TRU_Ajalooring, lk 4
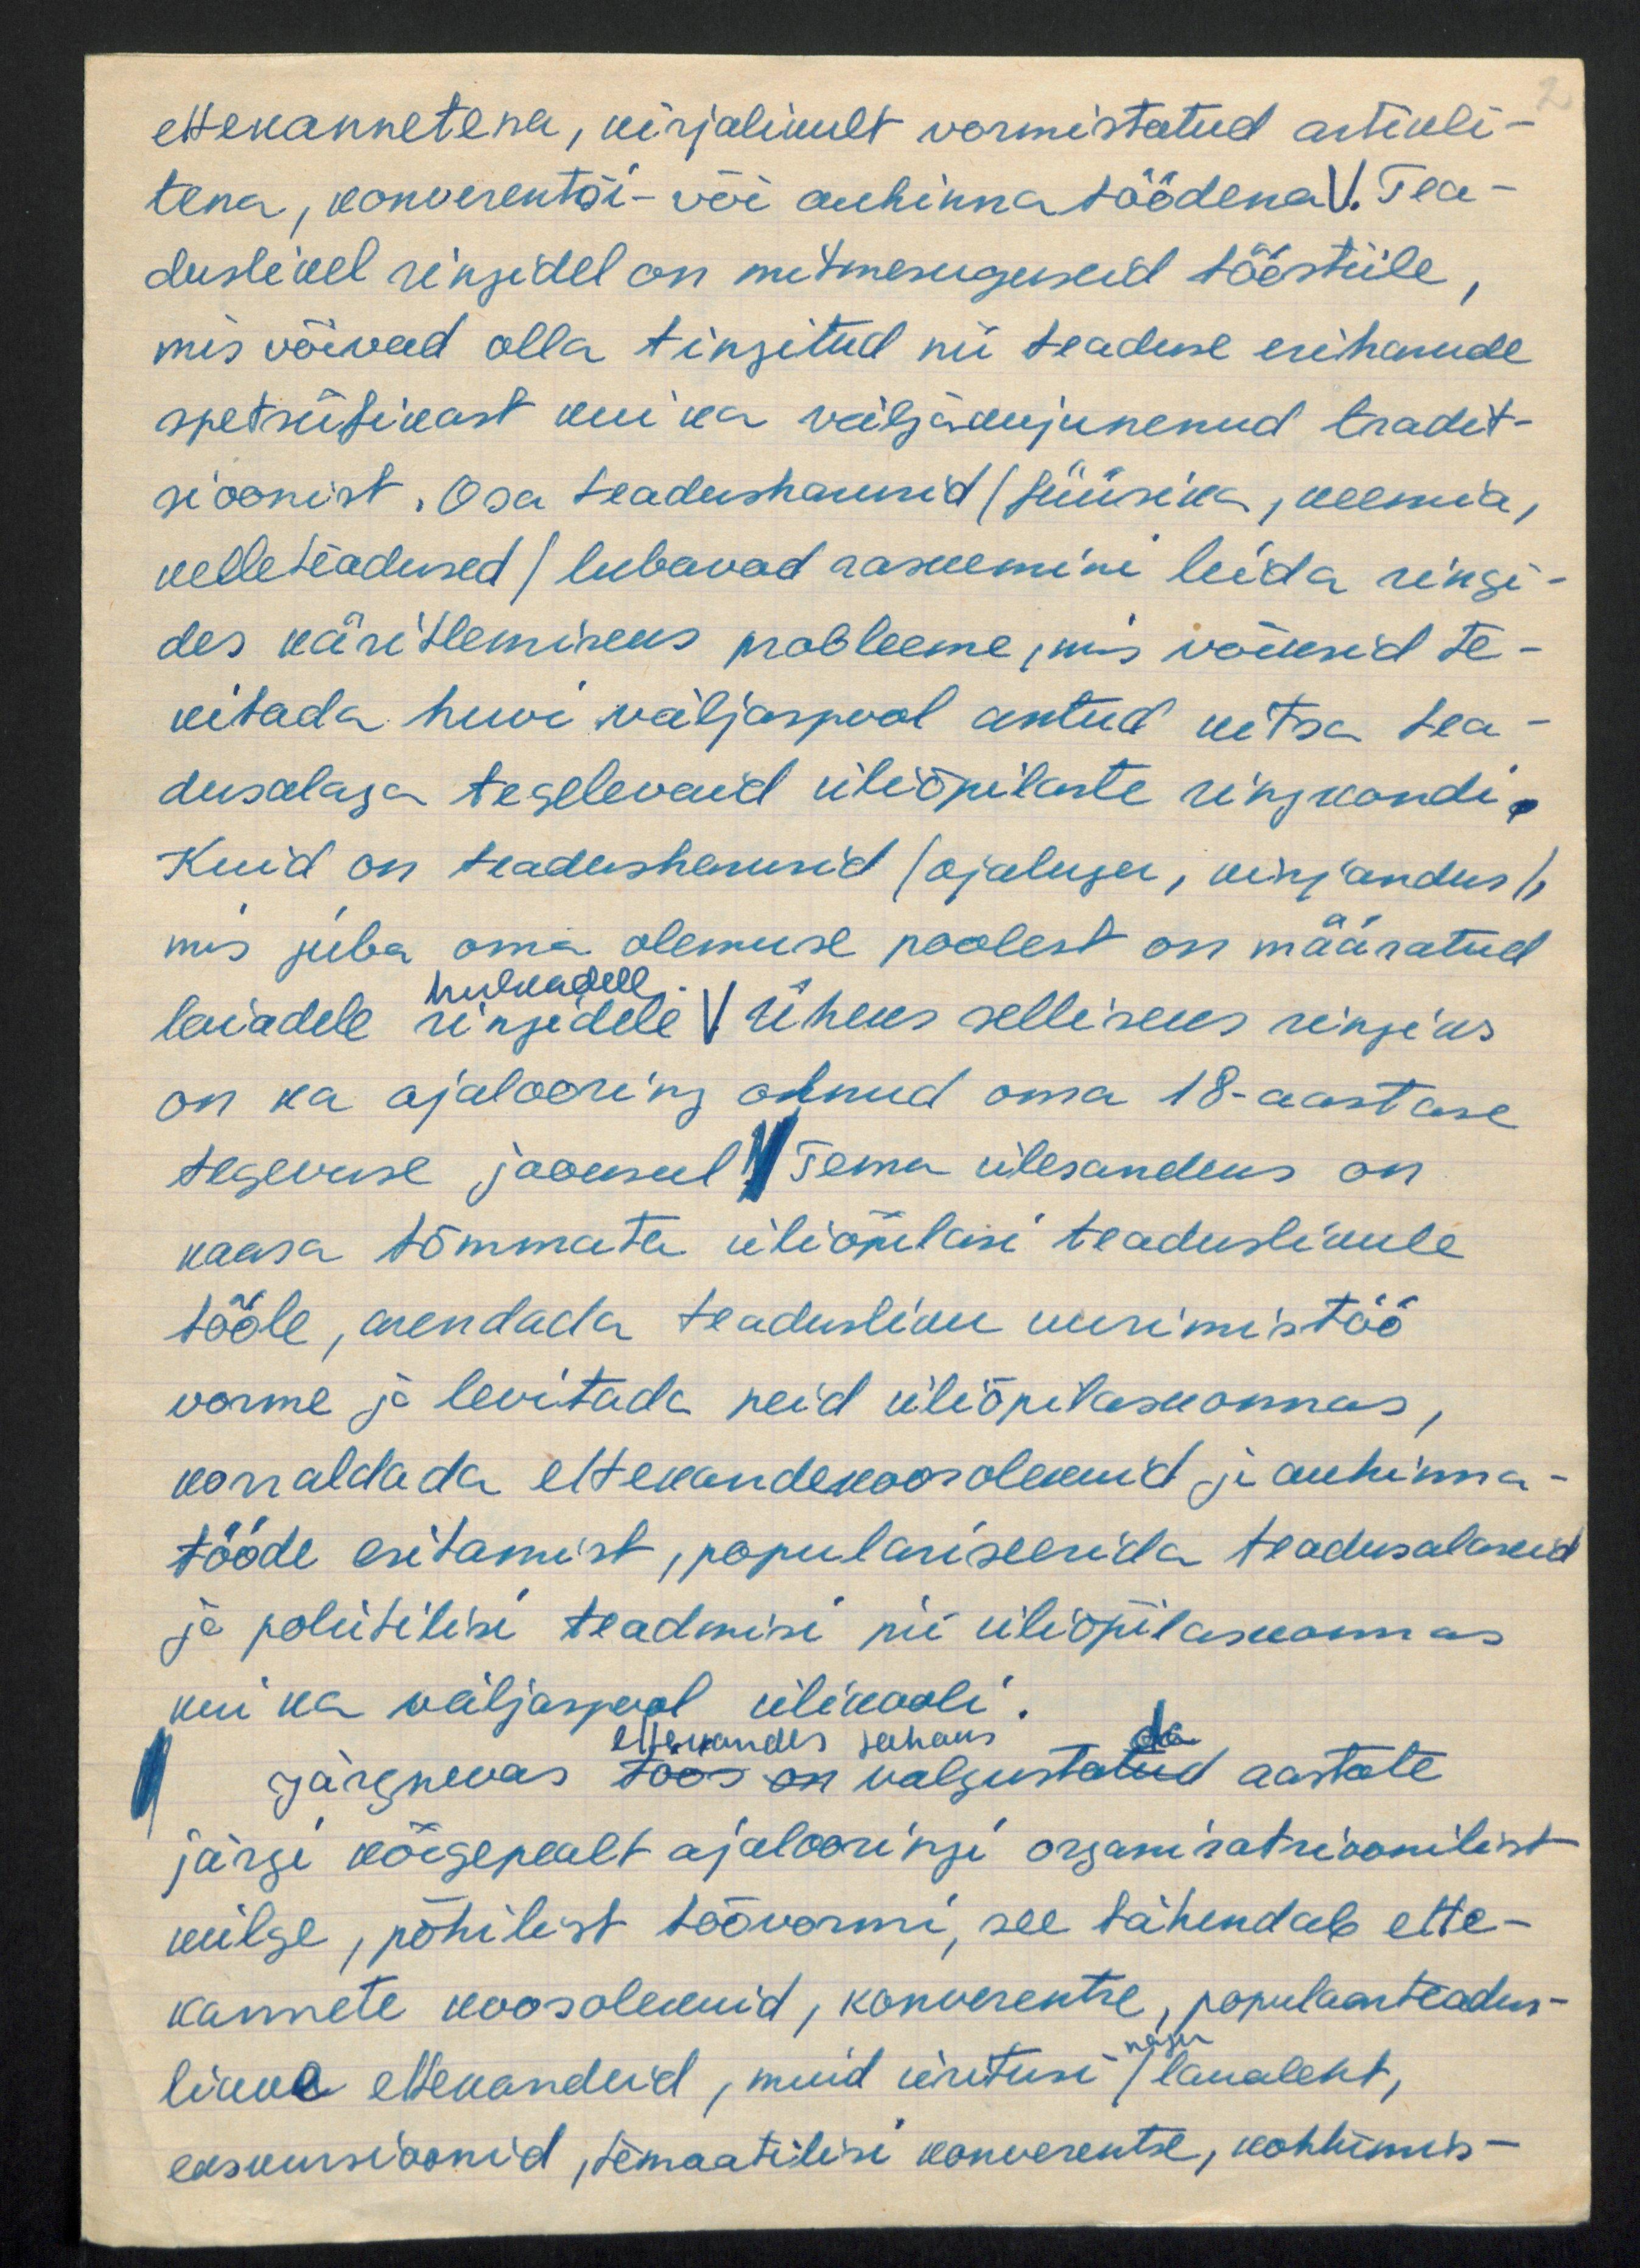
ettekannetena, kirjalikult vormistatud artikli-
tena, konverentsi- või auhinnatöödena V. Tea-
duslikel ringidel on mitmesuguseid tööstiile,
mis võivad olla tingitud nii teaduse eriharude
spetsiifikast kui ka väljakujunenud tradit-
sioonist. Osa teadusharusid (füüsika, keemia,
kelleteadused) lubavad raskemini leida ringi-
des käsitlemiseks probleeme, mis võiksid te-
kitada huvi väljaspool antud kitsa tea-
dusalaga tegelevaid üliõpilaste ringkondi.
Kuid on teadusharusid (ajalugu, kirjandus),
mis juba oma olemuse poolest on määratud
hulkadell
laiadele ringidele. V Üheks selliseks ringiks
on ka ajalooring olnud oma 18-aastase
tegevuse jooksul. V Tema ülesandeks on
kaasa tõmmata üliõpilasi teaduslikule
tööle, arendada teadusliku uurimistöö
vorme ja levitada neid üliõpilaskonnas,
korraldada ettekandekoosolekuid ja auhinna-
tööde esitamist, populariseerida teadusalaseid
ja poliitilisi teadmisi nii üliõpilaskonnas
kui ka väljaspool ülikooli.
da
Järgnevas töös on valgustatud aastate
ettekandes tahaks
järgi kõigepealt ajalooringi organisatsioonilist
külge, põhilist töövormi, see tähendab ette-
kannete koosolekuid, konverentse, populaarteadus-
nagu
likke ettekandeid, muid üritusi (laualeht,
ekskursioonid, temaatilisi konverentse, kohtumis-